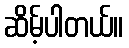
ဆိမ့်ပါတယ်။